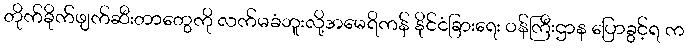
တိုက်ခိုက်ဖျက်ဆီးတာတွေကို လက်မခံဘူးလို့အမေရိကန် နိုင်ငံခြားရေး ဝန်ကြီးဌာန ပြောခွင့်ရ က